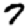
Digit: 7